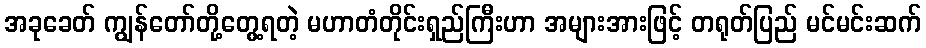
အခုခေတ် ကျွန်တော်တို့တွေ့ရတဲ့ မဟာတံတိုင်းရှည်ကြီးဟာ အများအားဖြင့် တရုတ်ပြည် မင်မင်းဆက်